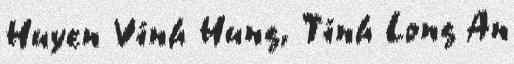
Huyen Vinh Hung, Tinh Long An